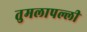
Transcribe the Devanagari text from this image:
तुमलापल्ली